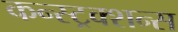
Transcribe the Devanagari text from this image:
कन्स्ट्रक्शन्स